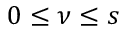
0 \leq \nu \leq s